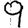
Digit: 9